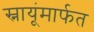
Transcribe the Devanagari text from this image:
स्नायूंमार्फत